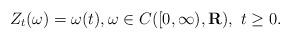
LaTeX: \begin{align*}Z_t(\omega)=\omega(t),\omega\in C([0,\infty),\mathbf{R}),~ t\geq 0.\end{align*}